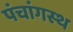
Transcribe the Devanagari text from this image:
पंचांगस्थ